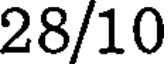
28/10